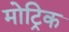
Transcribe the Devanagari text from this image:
मोट्रिक